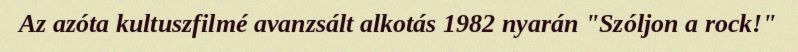
Az azóta kultuszfilmé avanzsált alkotás 1982 nyarán "Szóljon a rock!"